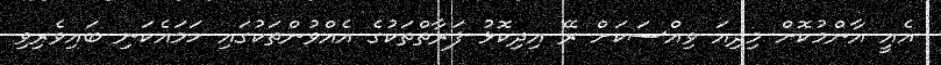
އެއީ އާންމުކޮށް މިދިއަ ވިއްސަކަށް ރޭ އިދިކޮޅު ފަރާތްތަކުގެ އެއްވުންތަކުގައި ހަމައެކަނި ބައިވެރިވި